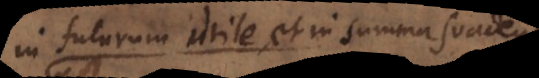
in futurum utile, et in Summa suadendum